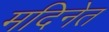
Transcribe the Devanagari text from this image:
मदिनेत